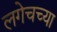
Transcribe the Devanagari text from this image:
लगेचच्या